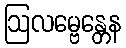
ဩလမ္ဗေန္တေန